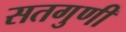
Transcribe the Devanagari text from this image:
सतगुणी